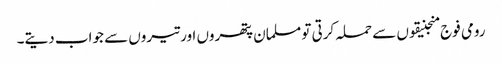
رومی فوج منجنیقوں سے حملہ کرتی تو مسلمان پتھروں اور تیروں سے جواب دیتے۔